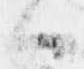
ハ